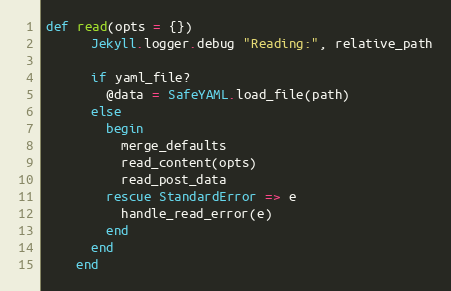
Language: Ruby
def read(opts = {})
      Jekyll.logger.debug "Reading:", relative_path

      if yaml_file?
        @data = SafeYAML.load_file(path)
      else
        begin
          merge_defaults
          read_content(opts)
          read_post_data
        rescue StandardError => e
          handle_read_error(e)
        end
      end
    end